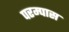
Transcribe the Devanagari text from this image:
परम्पास